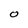
Character: 0